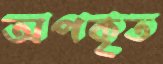
অপকৃত